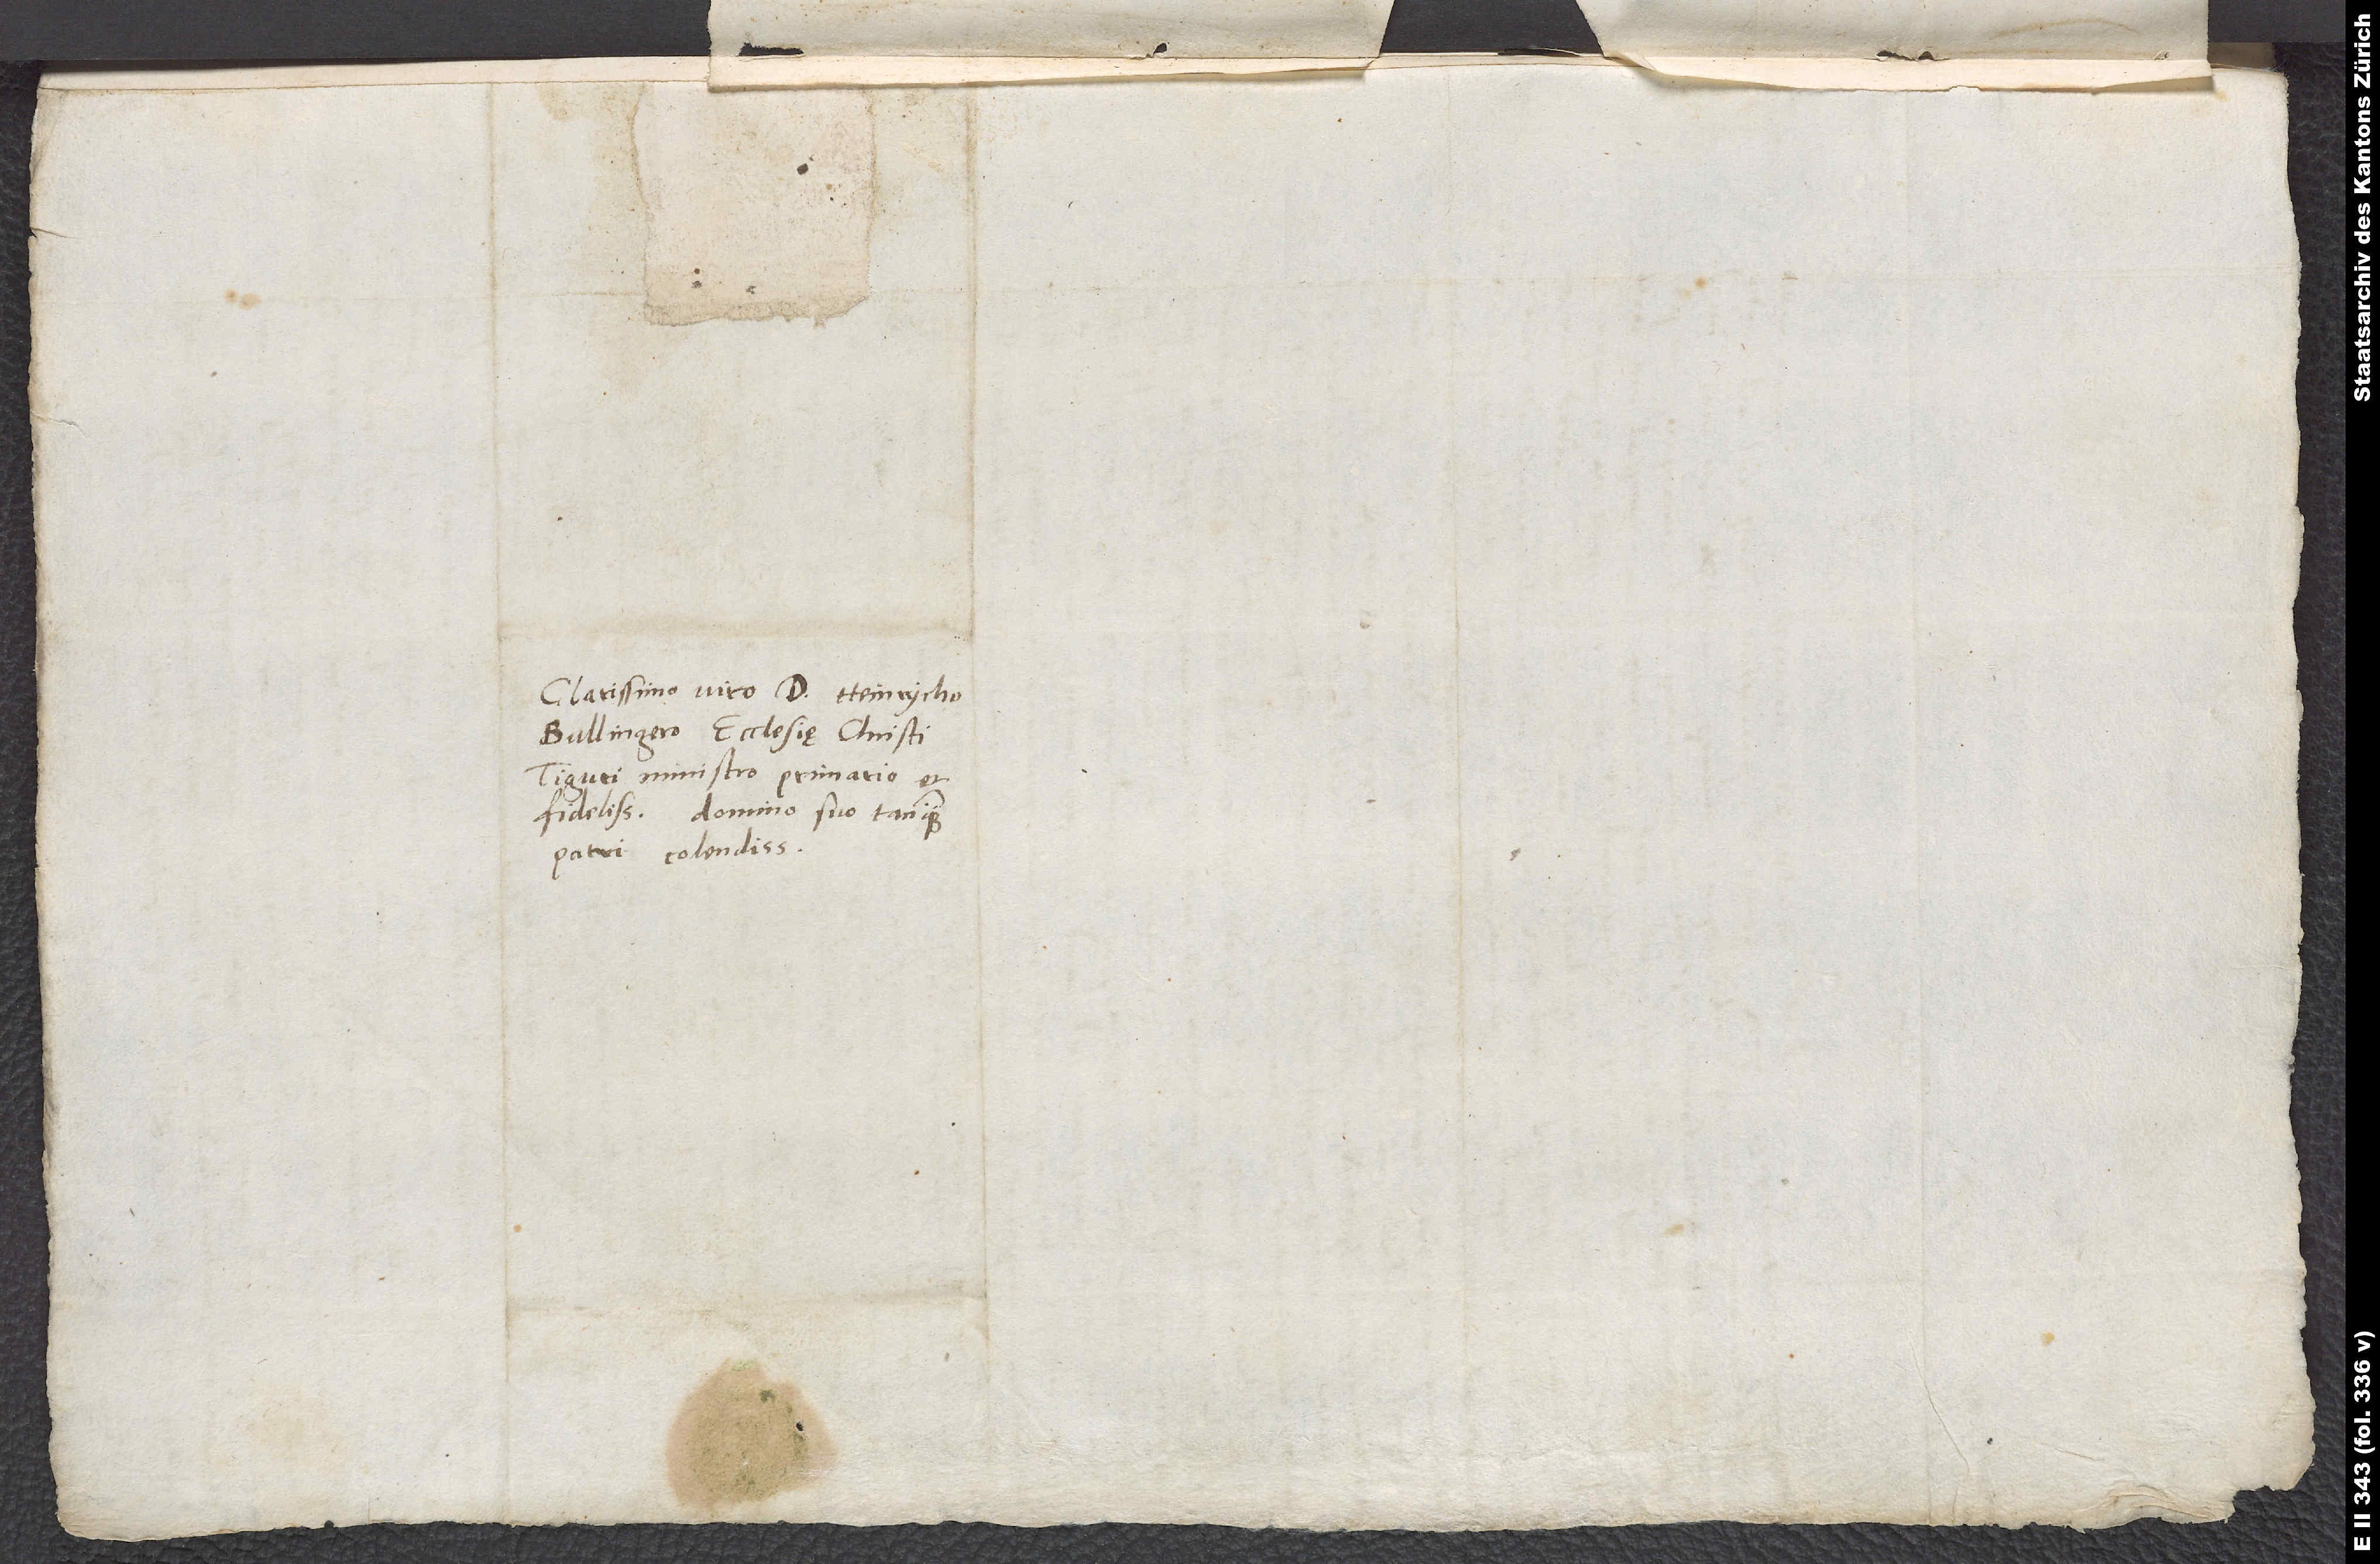
Clarissimo viro d. Heinrycho
Bullingero, ecclesię Christi
Tiguri ministro primario et
fidelissimo, domino suo tanquam
patri colendissimo.